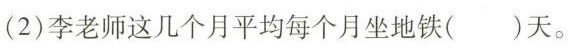
(2)李老师这几个月平均每个月坐地铁()天。